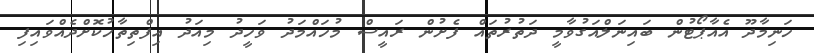
ހަނިމާދޫ އެއާޕޯޓުން ބައިނަލްއަގުވާމީ ދަތުރުތައް ފެށުން ރައީސް މުހައްމަދު ވަހީދު މިއަދު އިފްތިތާހުކޮށްދެއްވައިފި